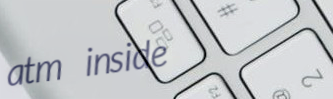
atm inside